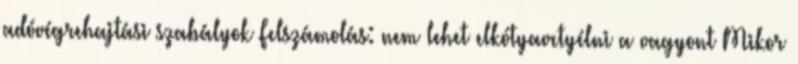
adóvégrehajtási szabályok Felszámolás: nem lehet elkótyavetyélni a vagyont Mikor